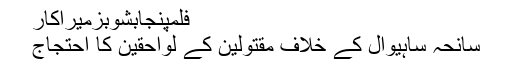
فلمپنجابشوبزمیراکار
سانحہ ساہیوال کے خلاف مقتولین کے لواحقین کا احتجاج